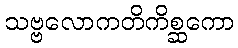
သဗ္ဗလောကတိကိစ္ဆကော